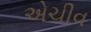
એચીવ